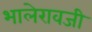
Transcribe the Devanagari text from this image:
भालेरावजी